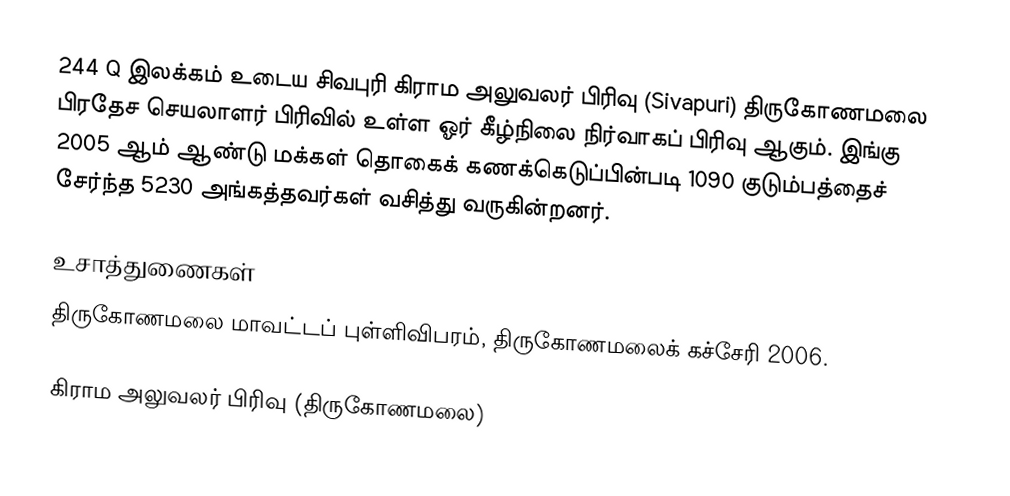
244 Q இலக்கம்  உடைய சிவபுரி கிராம அலுவலர் பிரிவு  (Sivapuri) திருகோணமலை பிரதேச செயலாளர் பிரிவில் உள்ள ஓர் கீழ்நிலை நிர்வாகப் பிரிவு ஆகும். இங்கு 2005 ஆம் ஆண்டு மக்கள் தொகைக் கணக்கெடுப்பின்படி 1090 குடும்பத்தைச் சேர்ந்த 5230 அங்கத்தவர்கள் வசித்து வருகின்றனர்.

உசாத்துணைகள்
திருகோணமலை மாவட்டப் புள்ளிவிபரம், திருகோணமலைக் கச்சேரி 2006.

கிராம அலுவலர் பிரிவு (திருகோணமலை)